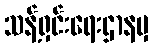
သန့်ရှင်းရေးဌာနမှ